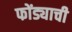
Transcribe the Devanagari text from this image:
फोंड्याची